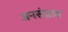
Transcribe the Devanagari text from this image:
जनसंग्राम